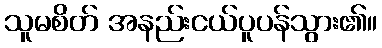
သူမစိတ် အနည်းငယ်ပူပန်သွား၏။